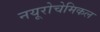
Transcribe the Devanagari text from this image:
नयूरोचेमिकल